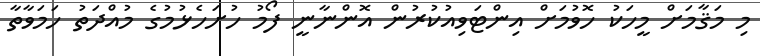
މި މަޤާމަށް މީހަކު ހޮވުމަށް އިންޓަވިއުކުރުން އޮންނާނީ ފޯމު ހުށަހެޅުމުގެ މުއްދަތު ހަމަވާތާ